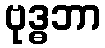
ဗုဒ္ဓဘာ